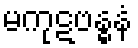
မကုဋဗန္ဓနံ